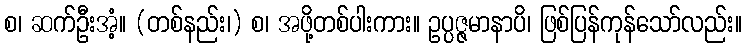
စ၊ ဆက်ဦးအံ့။ (တစ်နည်း၊) စ၊ အဖို့တစ်ပါးကား။ ဥပ္ပဇ္ဇမာနာပိ၊ ဖြစ်ပြန်ကုန်သော်လည်း။